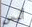
أليس